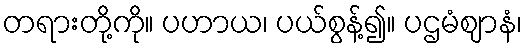
တရားတို့ကို။ ပဟာယ၊ ပယ်စွန့်၍။ ပဌမံဈာနံ၊